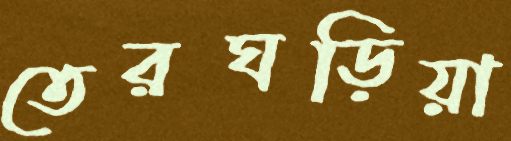
তেরঘড়িয়া